Annual administration and progress report of the Indian Medical Department, Bombay
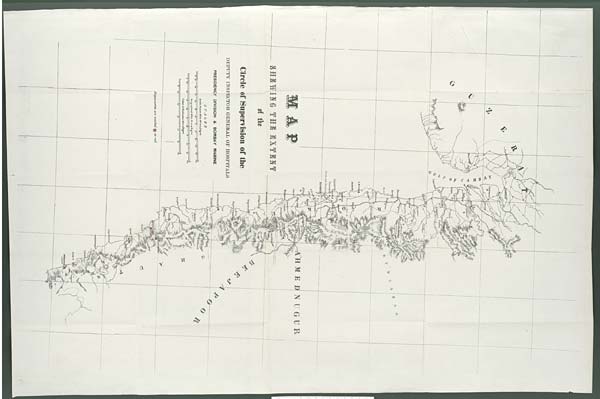
M A P
S H E W I N G T H E E X T E N T
of the
Circle of Supervision of the
DEPUTY INSPECTOR GENERAL OF HOSPITALS
PRESIDENCY DIVISION & BOMBAY MARINE
SCALES
British Statute Miles 69½ to n Degree
Geographical Miles 60 to n Degree
Cosses of Hindoostan 42 to n Degree
Dispensaries are marked in red